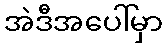
အဲဒီအပေါ်မှာ